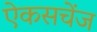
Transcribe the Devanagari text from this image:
ऐकसचेंज